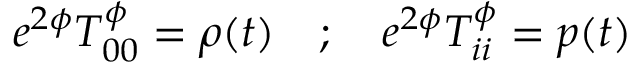
e ^ { 2 \phi } T _ { 0 0 } ^ { \phi } = \rho ( t ) \quad ; \quad e ^ { 2 \phi } T _ { i i } ^ { \phi } = p ( t )